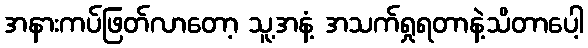
အနားကပ်ဖြတ်လာတော့ သူ့အနံ့ အသက်ရှုရတာနဲ့သိတာပေါ့